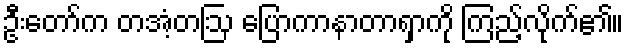
ဦးတော်က တအံ့တဩ ပြောကာနာတာရှာကို ကြည့်လိုက်၏။